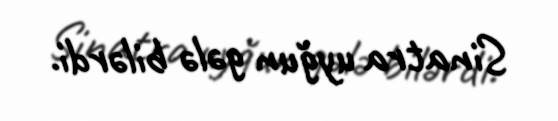
Sinatra uyğun gələ bilərdi.